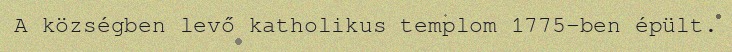
A községben levő katholikus templom 1775-ben épült.